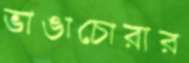
ভাঙাচোরার